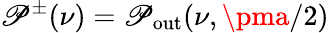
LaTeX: \mathscr{P}^{\pm}(\nu)=\mathscr{P}_{\mathrm{{out}}}(\nu,\pma/2)